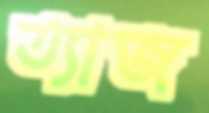
ত্যাজ